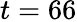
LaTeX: t=66